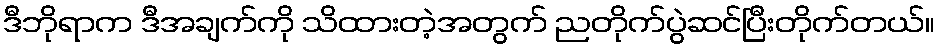
ဒီဘိုရာက ဒီအချက်ကို သိထားတဲ့အတွက် ညတိုက်ပွဲဆင်ပြီးတိုက်တယ်။